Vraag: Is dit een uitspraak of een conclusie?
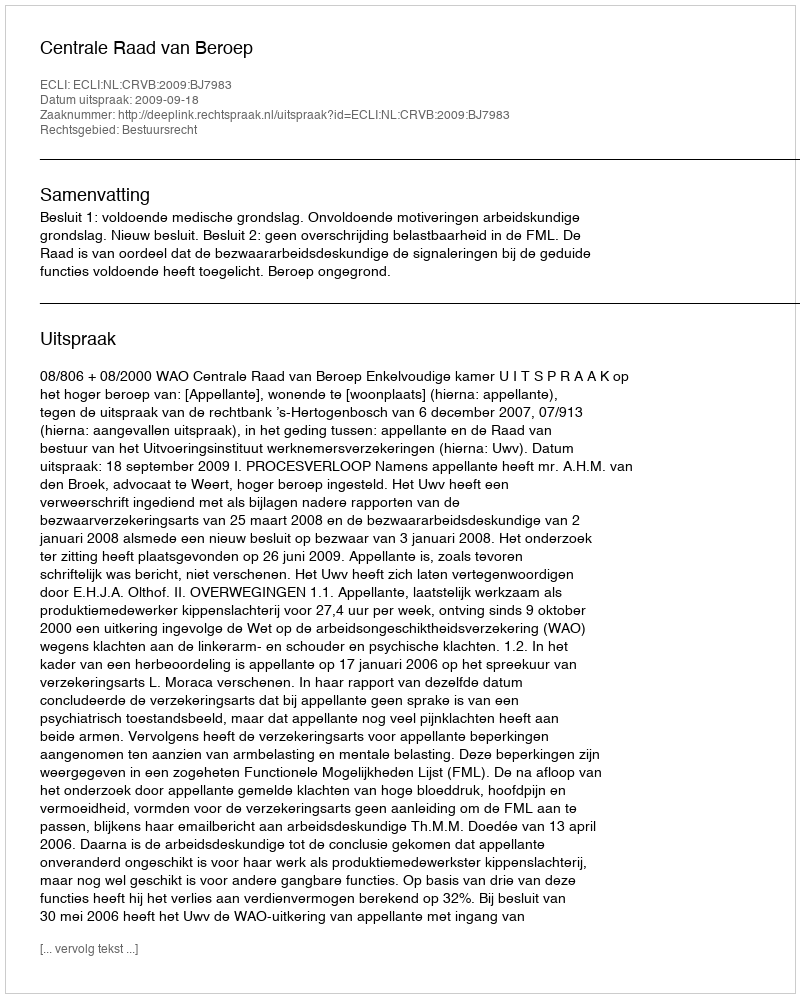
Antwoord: Uitspraak